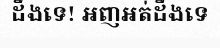
ដឹងទេ! អញអត់ដឹងទេ